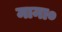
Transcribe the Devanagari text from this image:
माना०